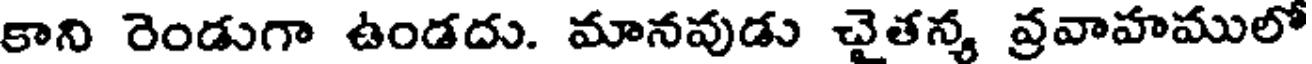
కాని రెండుగా ఉండదు. మానవుడు చైతన్య వ్రవాహములో